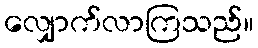
လျှောက်လာကြသည်။